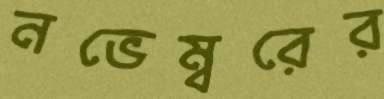
নভেম্বরের